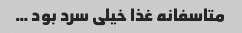
متاسفانه غذا خیلی سرد بود …